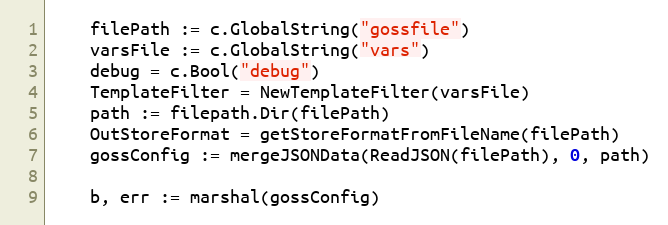
Language: Go
	filePath := c.GlobalString("gossfile")
	varsFile := c.GlobalString("vars")
	debug = c.Bool("debug")
	TemplateFilter = NewTemplateFilter(varsFile)
	path := filepath.Dir(filePath)
	OutStoreFormat = getStoreFormatFromFileName(filePath)
	gossConfig := mergeJSONData(ReadJSON(filePath), 0, path)

	b, err := marshal(gossConfig)